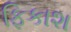
ફિકાશ